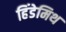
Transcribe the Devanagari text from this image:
हिंडेमिथ